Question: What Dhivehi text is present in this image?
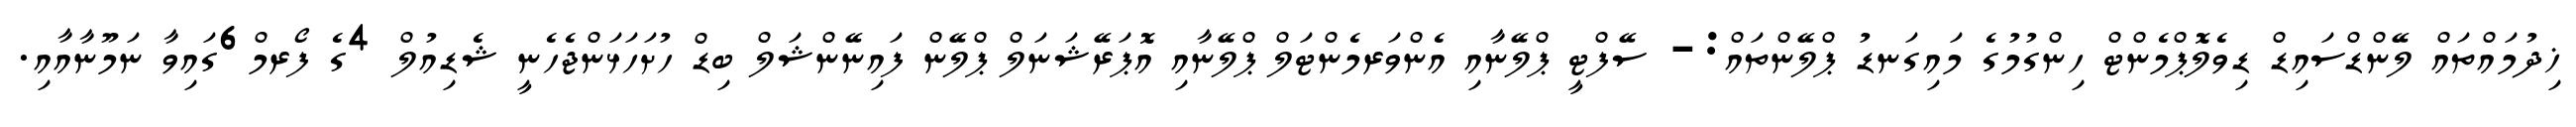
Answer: ޚިދުމައްތައް ލޭންޑްސައިޑް ޑިވެލޮޕްމެންޓް ހިންގުމުގެ މައިގަނޑު ޕްލޭންތައް:- ސޭފްޓީ ޕްލޭނާއި އެންވަރމެންޓަލް ޕްލޭނާއި އޮޕަރޭޝަނަލް ޕްލޭން ފައިނޭންޝަލް ބިޑް ހުށަހަޅަންޖެހެނީ ޝެޑިއުލް 4ގެ ފޯރމް6ގައިވާ ނަމޫނާއާއި.